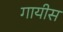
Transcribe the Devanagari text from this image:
गायीस